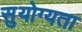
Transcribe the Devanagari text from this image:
सुयोग्यता